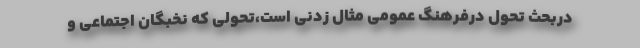
دربحث تحول درفرهنگ عمومی مثال زدنی است،تحولی که نخبگان اجتماعی و